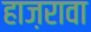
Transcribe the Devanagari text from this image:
हाज़रावा